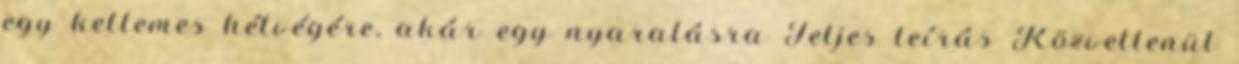
egy kellemes hétvégére, akár egy nyaralásra Teljes leírás Közvetlenül